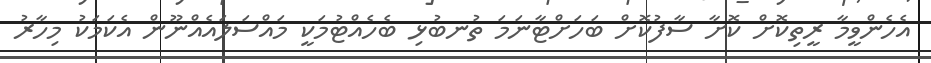
އެހެންވީމާ ރީތިކޮށް ކޮށާ ސާފުކޮށް ބަހަށްޓާނަމަ ތުނބުޅި ބެހެއްޓުމަކީ މައްސަލައެއްނޫން އެކަމަކު މިހާރު